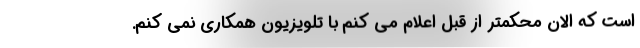
است که الان محکمتر از قبل اعلام می کنم با تلویزیون همکاری نمی کنم.